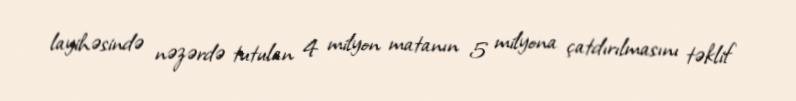
layihəsində nəzərdə tutulan 4 milyon matanın 5 milyona çatdırılmasını təklif